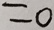
= 0